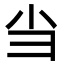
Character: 𢑐